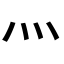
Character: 灬